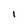
Character: I